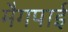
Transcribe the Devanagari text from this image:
मैगपाई